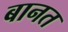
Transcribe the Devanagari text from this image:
बानत